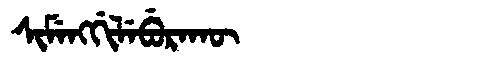
Manchu: ᠰᡳᠮᡝᠩᡤᡳᠯᡝᠪᡠᡵᠠᡴᡡ
Romanization: SIMENGGILEBURAKŪ